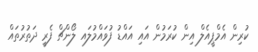
ކުރިން އެމްޕީއެލް އިން ކުރަމުން އައި އައްޑު ފުވައްމުލައ ލޯންޗް ފެރީ ދަތުރުތައް